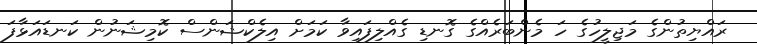
ރައްޔިތުންގެ މަޖިލީހުގެ ހަ މެންބަރެއްގެ ގޮނޑި ގެއްލިފައިވާ ކަމަށް އިލެކްޝަންސް ކޮމިޝަނުން ކަނޑައަޅާފަ